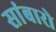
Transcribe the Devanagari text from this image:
सांबारो